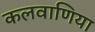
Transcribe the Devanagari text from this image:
कलवाणिया